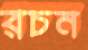
রচন